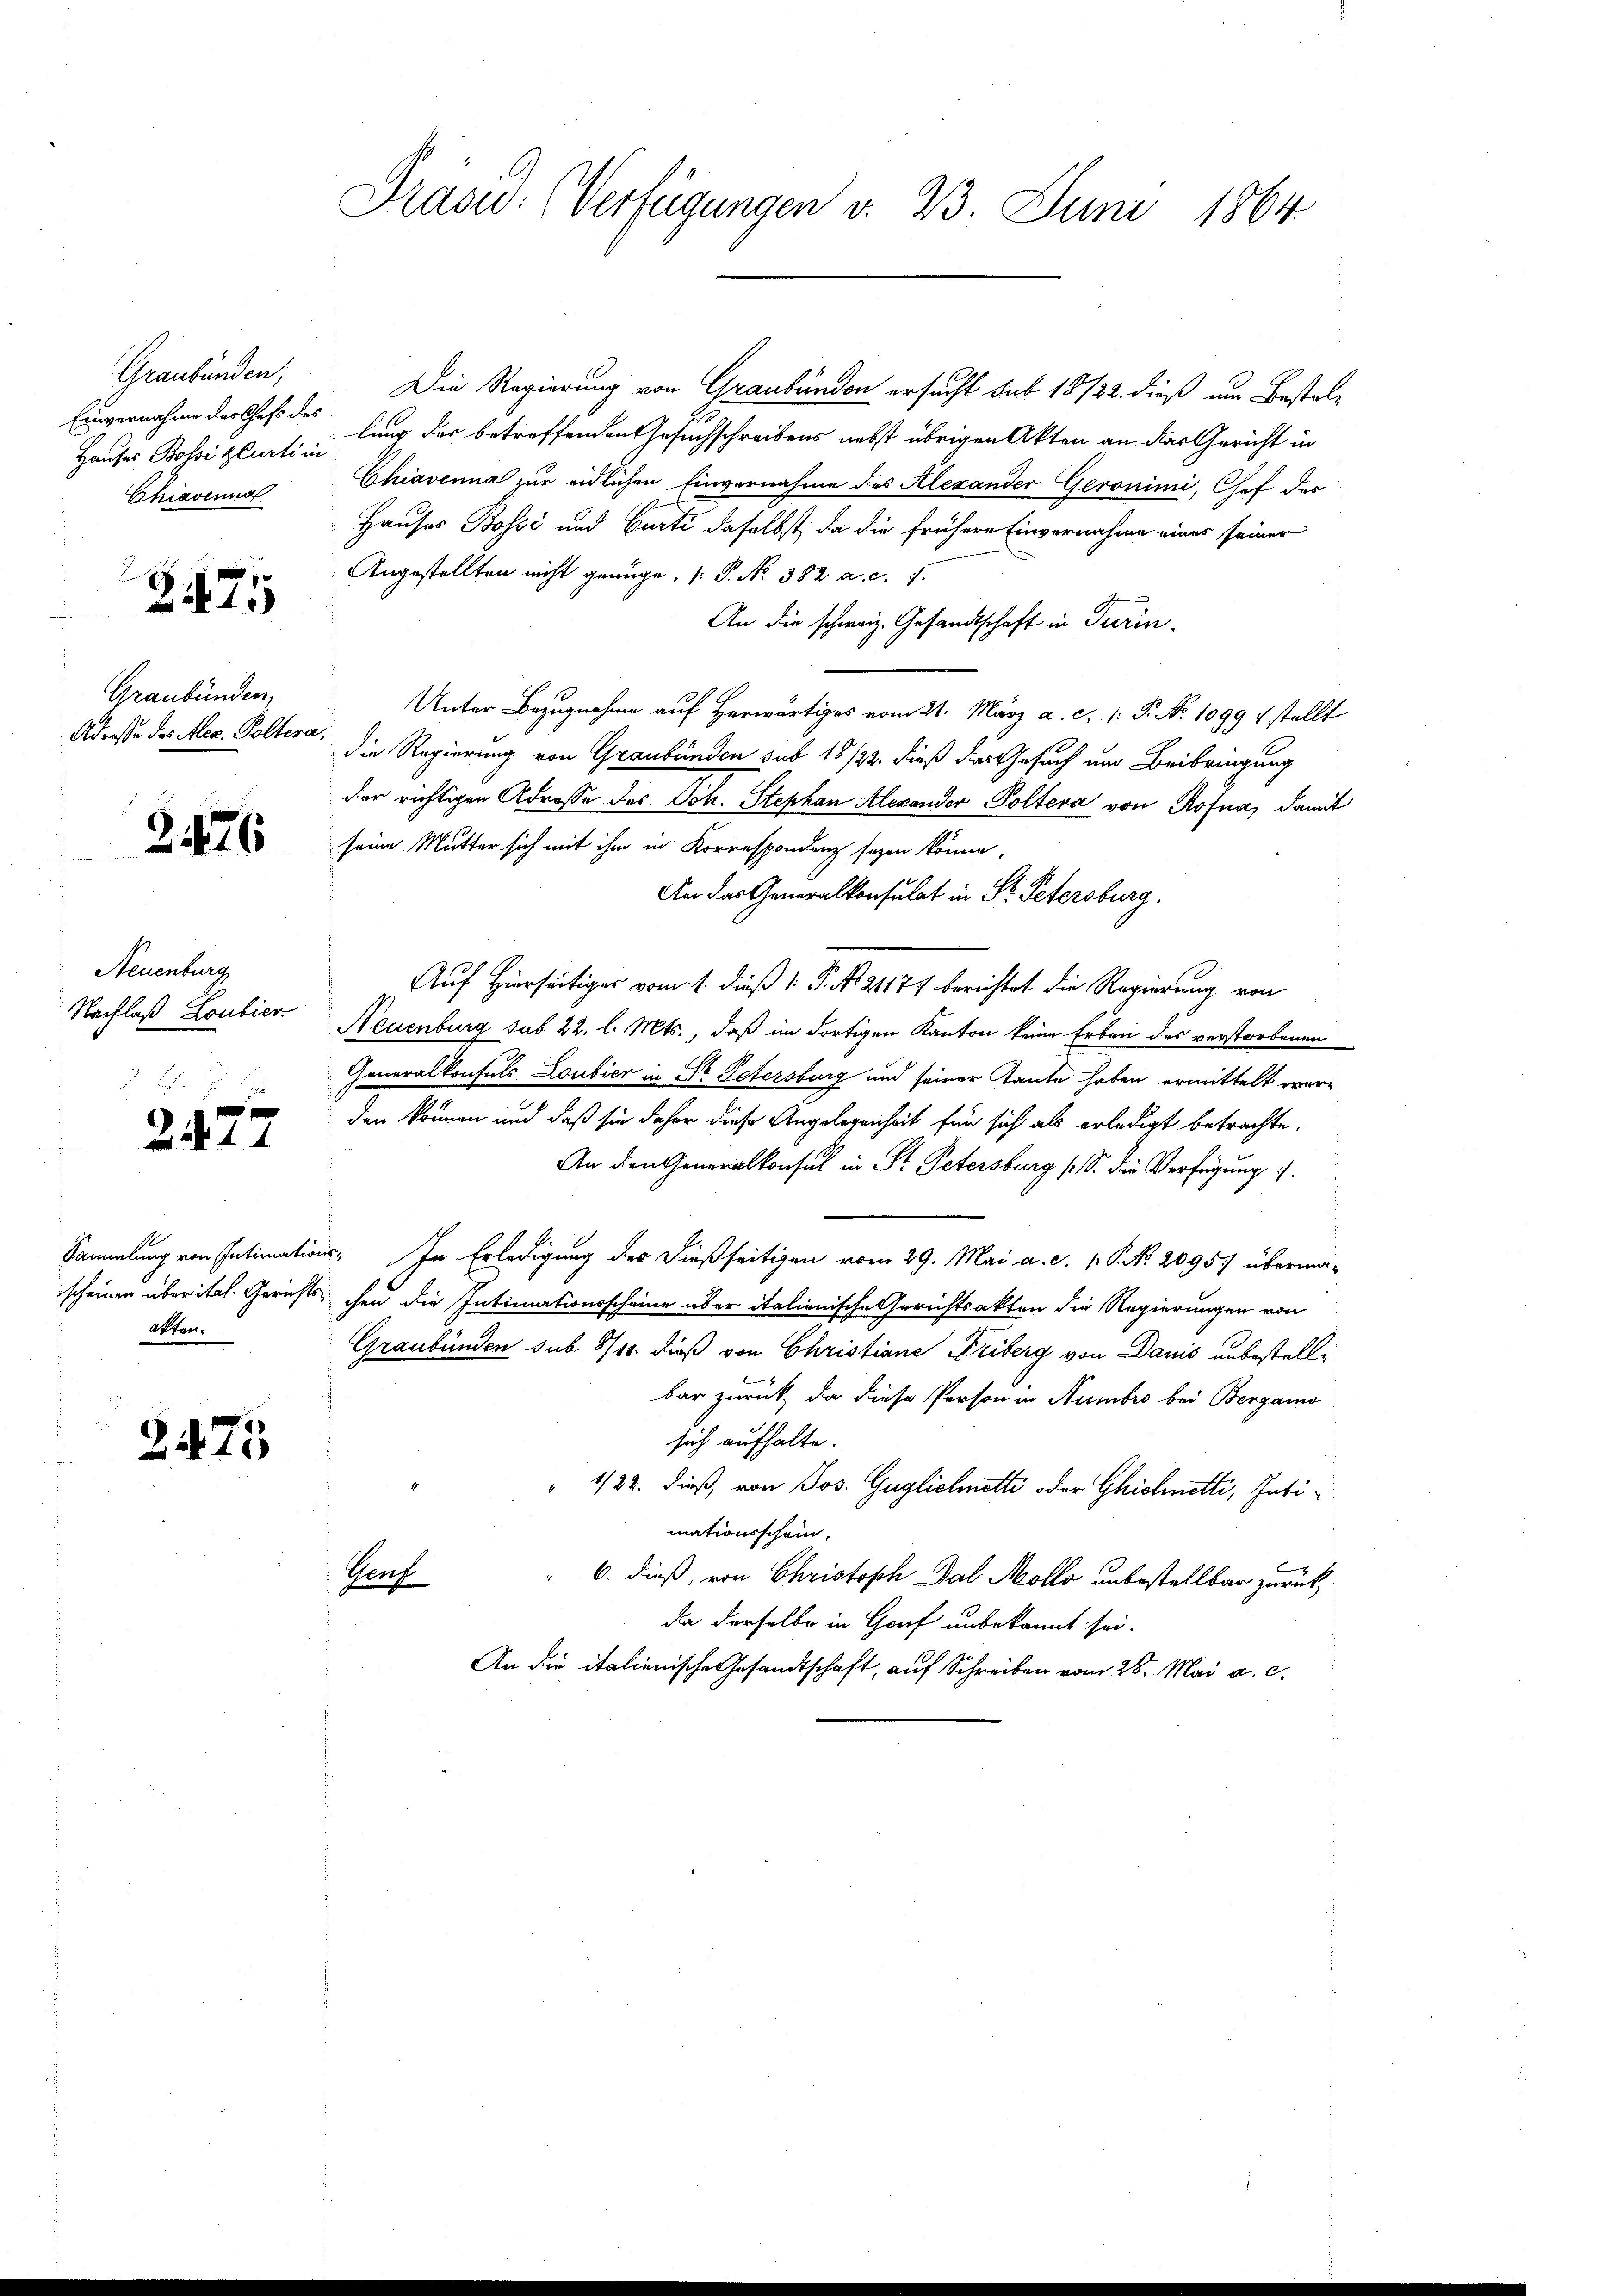
Graubünden,
Einvernahme des Chefs des
Hauses Bossi plurti in
Chiavenna

Z475

Graubünden,
Adresse des Mec. Poltera

2476

Neuenburg
Nachlaß Loubier

2472

atten.

2475

Präsid.: (Verfügungen v. 23. Juni 1864

Die Regierung von Graubünden ersucht sub 18/22. dieß um Bestallung der betreffenden Gesuchschreibens nebst übrigen Akten an das Gericht in
Chiavenna zur eidlichen Einvernahme des Alexander Geronimi, Chef des
Hauses Bossi und Curti daselbst, da die frühere Einvernahme eines seiner
Angestellten nicht genüge, (: P. No. 382 a. c. 7.
An die schweiz. Gesandtschaft in Turin.
Unter Bezugnahme auf Herwärtiges vom 21. März a. c. 1: P. No 1099 4 stellt
 die Regierung von Graubünden sub 18/22. dieß das Gesuch um Beibringung
der richtigen Adrosse des Joh. Stephan Alexander Poltera von Rofna, damit
seine Mutter sich mit ihm in Korrespondenz sezen könne,
An das Generalkonsulat in St. Petersburg.
Auf Hierseitiger vom 1. dieß 1: P. N. 21177 berichtet die Regierung von
Neuenburg sub 22. l. Mts., daß im dortigen Kanton keine Erben des verstorbenen
Generalkonsuls Loubier in Dr Petersburg und seiner Tante haben ermittelt wäre
den können und daß sie daher diese Angelegenheit für sich als erledigt betrachte.
An den Generalkonsul in St. Petersburg (S. die Verfügung
Sammlung von Intimations. In Erledigung der dießseitigen vom 29. Mai a. c. p. P. No. 20957 überma-
scheinen über ital. Gerichts, chen die Intimationsscheine über italienische Gerichtsakten die Regierungen von
Graubünden sub 8/14. dieß von Christiane Friberg von Danis unbestellbar zurück, da diese Person in Numbro bei Bergamo
sich aufhalte.
" 4/22. dieß, von Jos. Guglichnetti oder Gichnetti, Intimationsschein.
Verf
6. dieß, von Christoph Dal Mollo unbestellbar zurück
da derselbe in Genf unbekannt sei.
An die italienische Gesandtschaft, auf Schreiben vom 28. Mai a. c.